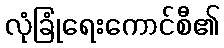
လုံခြုံရေးကောင်စီ၏